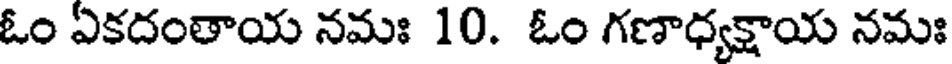
ఓం ఏకదంతాయ నమః 10. ఓం గణాధ్యక్షాయ నమః